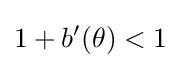
1+b'(\theta )<1